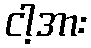
ငါ့အား